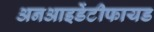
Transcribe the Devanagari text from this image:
अनआइडेंटीफायड